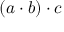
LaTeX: ( a \cdot b ) \cdot c